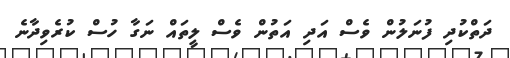
ދަތްކުދި ފުނަލުން ވެސް އަދި އަތުން ވެސް ލީތައް ނަގާ ހުސް ކުރެވިދާނެ